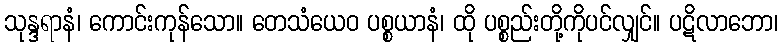
သုန္ဒရာနံ၊ ကောင်းကုန်သော။ တေသံယေဝ ပစ္စယာနံ၊ ထို ပစ္စည်းတို့ကိုပင်လျှင်။ ပဋိလာဘော၊